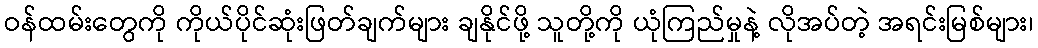
ဝန်ထမ်းတွေကို ကိုယ်ပိုင်ဆုံးဖြတ်ချက်များ ချနိုင်ဖို့ သူတို့ကို ယုံကြည်မှုနဲ့ လိုအပ်တဲ့ အရင်းမြစ်များ၊